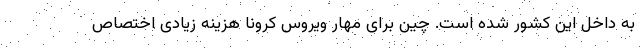
به داخل این کشور شده است. چین برای مهار ویروس کرونا هزینه زیادی اختصاص